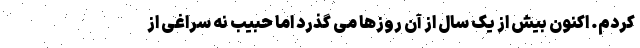
کردم. اکنون بیش از یک سال از آن روزها می گذرد اما حبیب نه سراغی از